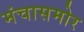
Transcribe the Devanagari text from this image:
मंचासमोर